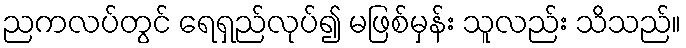
ညကလပ်တွင် ရေရှည်လုပ်၍ မဖြစ်မှန်း သူလည်း သိသည်။